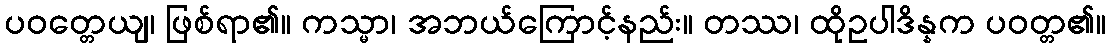
ပဝတ္တေယျ၊ ဖြစ်ရာ၏။ ကသ္မာ၊ အဘယ်ကြောင့်နည်း။ တဿ၊ ထိုဥပါဒိန္နက ပဝတ္တ၏။